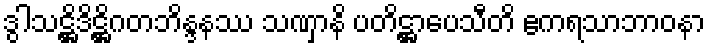
ဒွါသဋ္ဌိဒိဋ္ဌိဂတဘိန္ဒနဿ သဏှာနိ ပတိဋ္ဌာပေသီတိ ဧကရသာဘာဝနာ